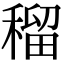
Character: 𥠷